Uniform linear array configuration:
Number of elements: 4
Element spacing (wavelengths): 1
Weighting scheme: binomial
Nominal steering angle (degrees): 30
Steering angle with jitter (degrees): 30.537
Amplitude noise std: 0.05
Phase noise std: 0.05

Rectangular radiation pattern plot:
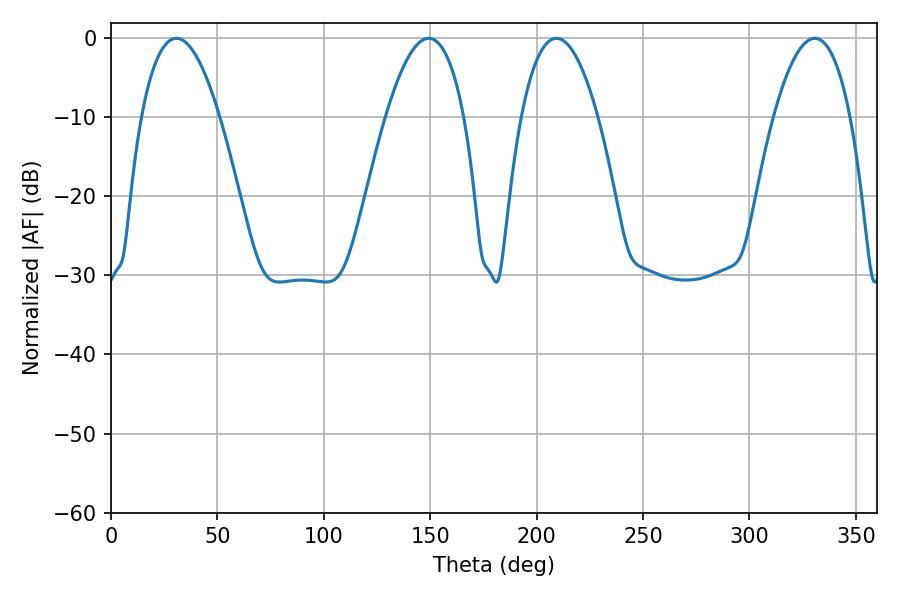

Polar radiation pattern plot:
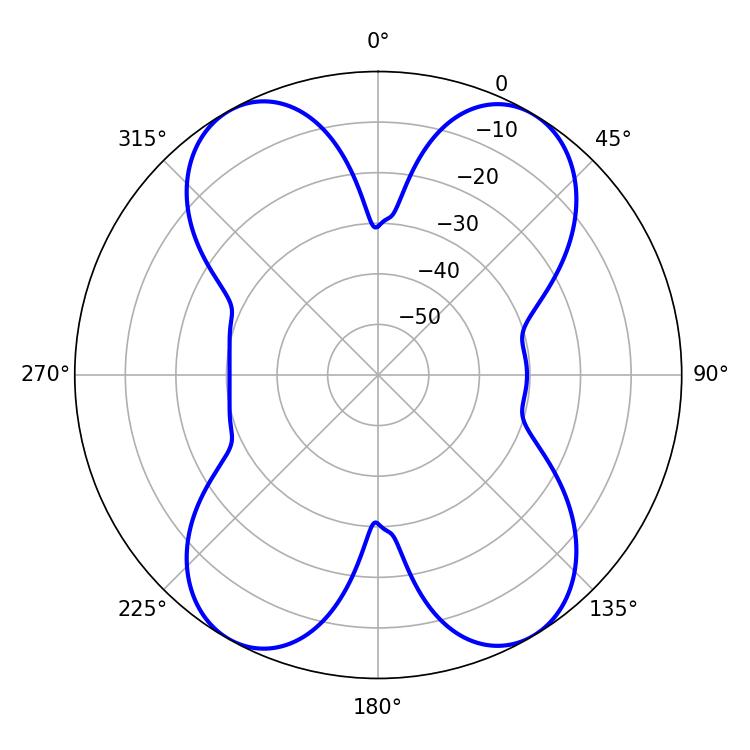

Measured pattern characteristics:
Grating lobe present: TRUE
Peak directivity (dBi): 18.786
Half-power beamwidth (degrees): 19.98
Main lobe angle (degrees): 330.66